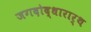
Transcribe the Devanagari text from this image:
जगदोद्धारार्थ